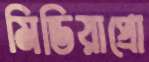
মিডিয়াপ্রো